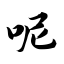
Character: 呢